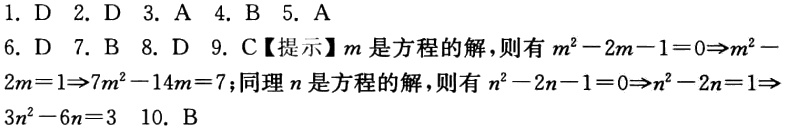
1. D 2. D 3. A 4. B 5. A

6. D 7. B 8. D 9. C【提示】\(m\)是方程的解，则有\(m^{2}-2m - 1 = 0\Rightarrow m^{2}-2m=1\Rightarrow7m^{2}-14m = 7\)；同理\(n\)是方程的解，则有\(n^{2}-2n - 1 = 0\Rightarrow n^{2}-2n=1\Rightarrow3n^{2}-6n = 3\) 10. B